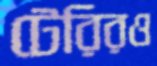
টেরিরও